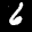
Label: 6